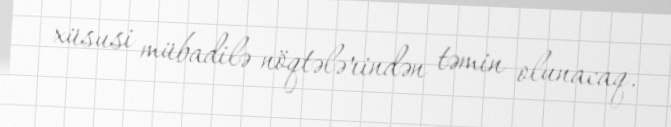
xüsusi mübadilə nöqtələrindən təmin olunacaq.